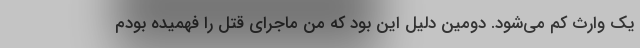
یک وارث کم می‌شود. دومین دلیل این بود که من ماجرای قتل را فهمیده بودم